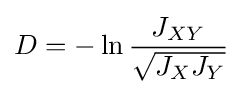
D=-\ln {\frac {J_{XY}}{\sqrt {J_{X}J_{Y}}}}